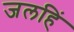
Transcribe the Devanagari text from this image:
जलहिं